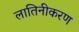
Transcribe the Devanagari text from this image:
लातिनीकरण